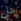
على